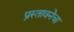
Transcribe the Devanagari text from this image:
प्रस्तावनेचा